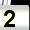
Digit: 2